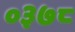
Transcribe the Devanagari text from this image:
०३७८